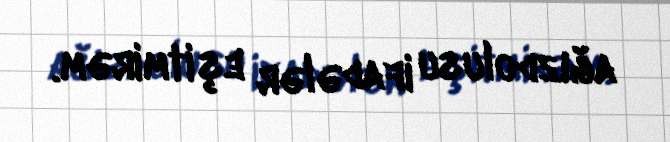
ağızdolusu ifadələr eşitmirəm.